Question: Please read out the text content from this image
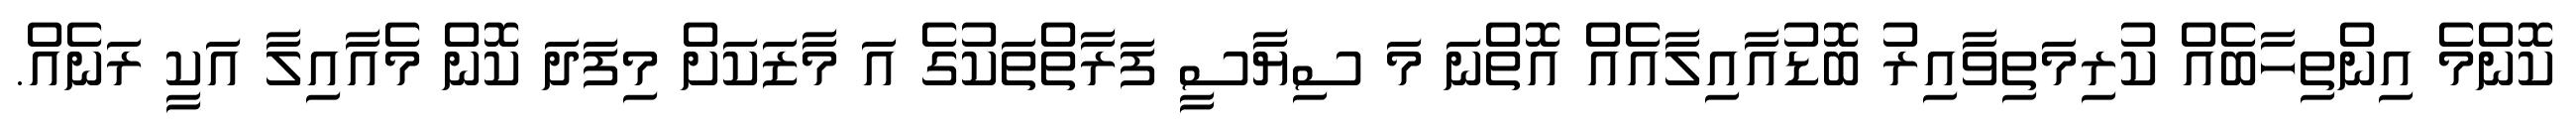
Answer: ކޮންމެ އިންތިހާބެއް ކުރިމަތިވާއިރު ބޮޑުއާއިލާއެއް އޮތްނަ މަ ސިޔާސީ ފަރާތްތަކުގެ އަ މާޒަކަށް މިފަދަ ކޮން މެއާއިލާ އަކީ ރަނެއް.